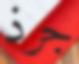
جرذ